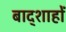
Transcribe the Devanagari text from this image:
बाद्शाहों